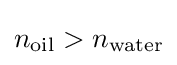
n_{\rm {oil}}>n_{\rm {water}}